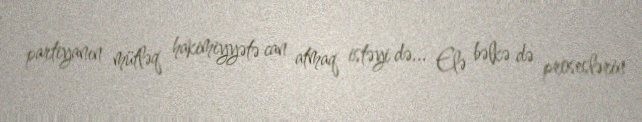
partiyanın mütləq hakimiyyətə can atmaq istəyi də... Elə bəlkə də proseslərin